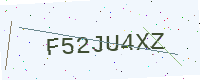
Text: F52JU4XZ